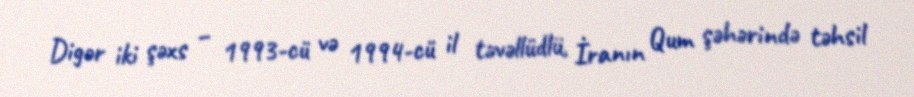
Digər iki şəxs – 1993-cü və 1994-cü il təvəllüdlü, İranın Qum şəhərində təhsil